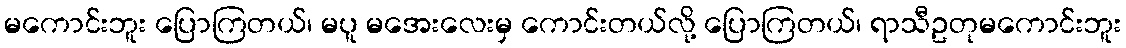
မကောင်းဘူး ပြောကြတယ်၊ မပူ မအေးလေးမှ ကောင်းတယ်လို့ ပြောကြတယ်၊ ရာသီဥတုမကောင်းဘူး